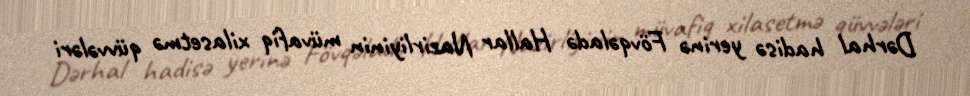
Dərhal hadisə yerinə Fövqəladə Hallar Nazirliyinin müvafiq xilasetmə qüvvələri